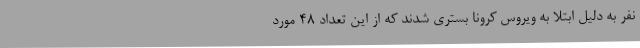
نفر به دلیل ابتلا به ویروس کرونا بستری شدند که از این تعداد 48 مورد